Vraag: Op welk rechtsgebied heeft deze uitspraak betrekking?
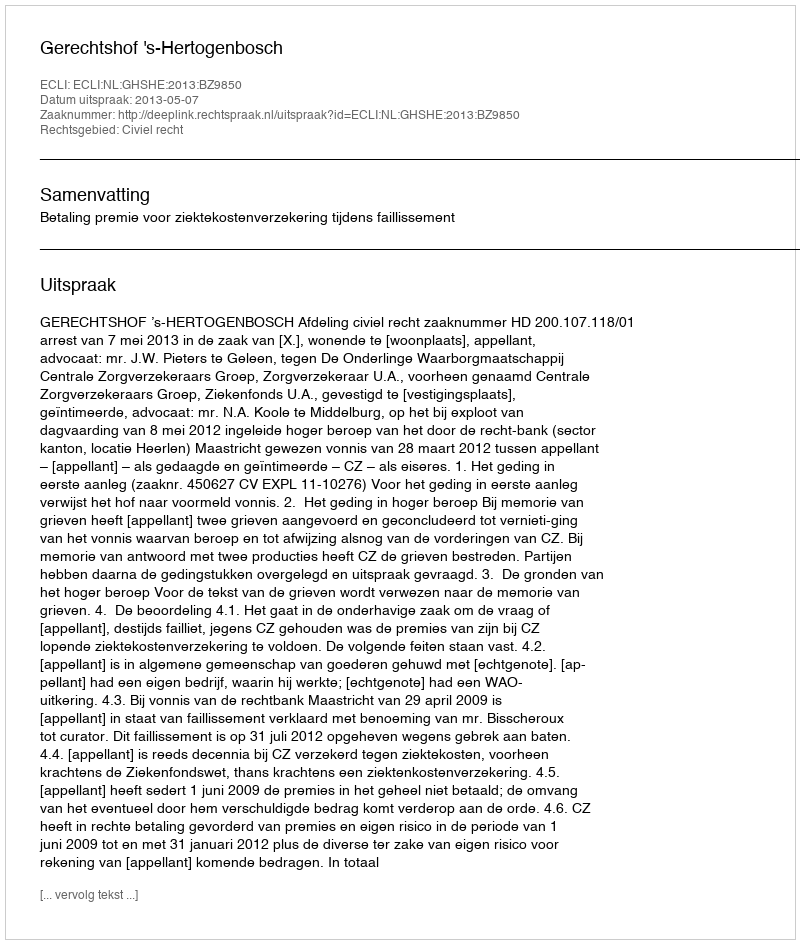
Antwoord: Civiel recht